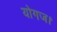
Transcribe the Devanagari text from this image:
योगज।